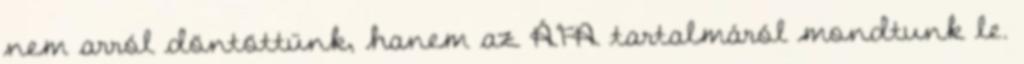
nem arról döntöttünk, hanem az ÁFA tartalmáról mondtunk le.